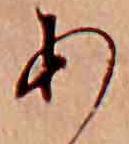
あ